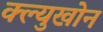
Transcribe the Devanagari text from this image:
क्ल्युखोन